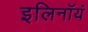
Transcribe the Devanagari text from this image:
इलिनॉयं